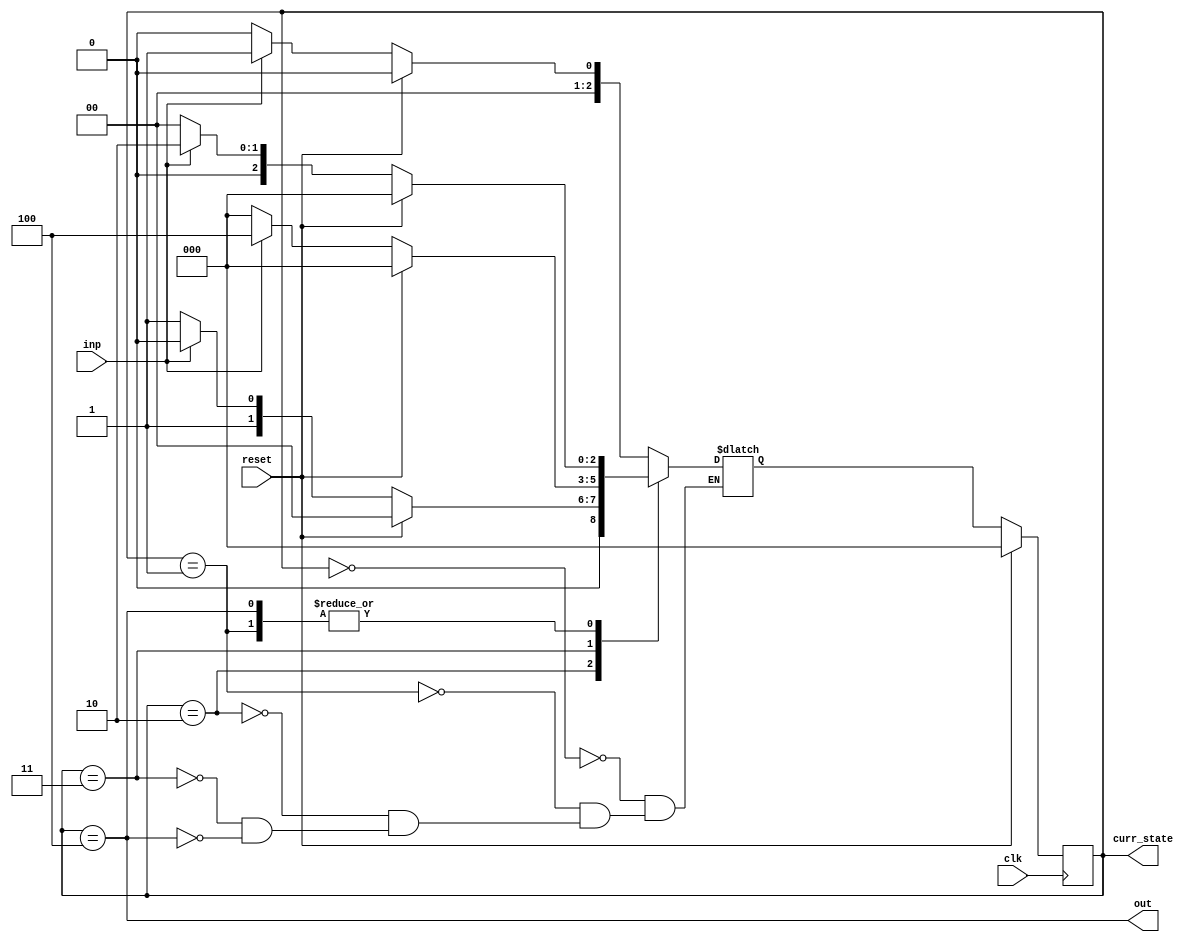
// Module p1 for question 1

module p1(out,curr_state,clk,reset,inp);

output out;
input clk,reset,inp;
output [2:0] curr_state;
reg [2:0] curr_state;
reg [2:0] next_state;

parameter [2:0] S0=3'b000,S1=3'b001,S2=3'b010,S3=3'b011,S4=3'b100;

initial 
begin 
	curr_state = 3'b000;
	next_state = 3'b000;
end

// Sequential logic

always @(posedge clk)
begin
	if(reset)
		curr_state = S0;
	else
		curr_state = next_state;
end

// Combinational Logic

always @(curr_state or inp)
begin
	case(curr_state)

		S0 :	if(reset) next_state = S0;
				else if(inp) next_state = S1;
				else next_state = S0;

		S1 :	if(reset) next_state = S0;
				else if(inp) next_state = S2;
				else next_state = S0;

		S2 :	if(reset) next_state = S0;
				else if(inp) next_state = S2;
				else next_state = S3;

		S3 :	if(reset) next_state = S0;
				else if(inp) next_state = S4;
				else next_state = S0;

		S4 :	if(reset) next_state = S0;
				else if(inp) next_state = S2;
				else next_state = S0;

	endcase
end
    assign out = (curr_state == S4);
endmodule 

// Test bench for p1.v

module tb_p1();

reg clk,reset,inp;
wire out;
wire [2:0] curr_state;
integer i;

p1 uut(out,curr_state,clk,reset,inp);

reg [20:0] seq = 20'b11101101001001101101;

initial 
	reset = 1'b1;
	always #10 clk = ~clk;

initial
begin
	clk = 1'b1;
	reset = 1'b0;
	for (i = 20; i >= 0; i = i - 1)
	begin
		inp = seq[i]; #20
		$monitor("seq_bit = %b, out = %b, reset = %b\n", inp, out, reset, $time);
	end
end

endmodule